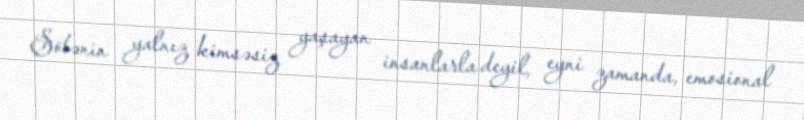
Şöbənin yalnız kimsəsiz yaşayan insanlarla deyil, eyni zamanda, emosional